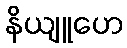
နိယျူဟေ